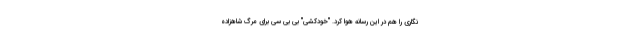
نگاری را هم در این رسانه هوا کرد. "خودکشی" بی بی سی برای مرگ شاهزاده